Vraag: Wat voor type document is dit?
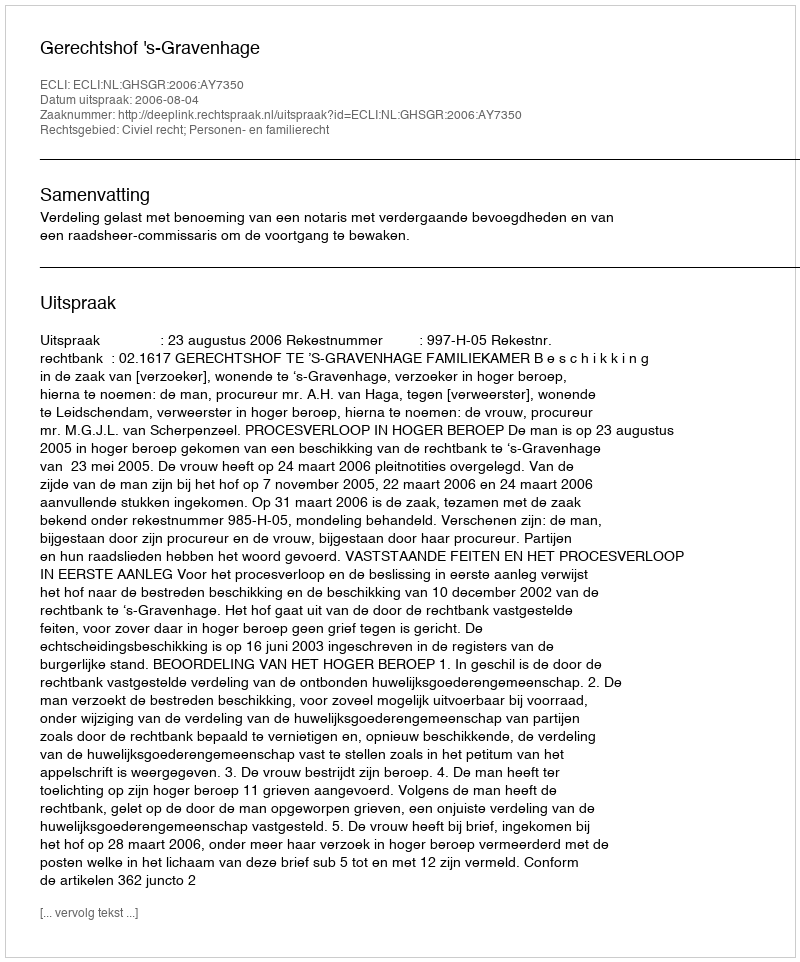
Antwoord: Uitspraak